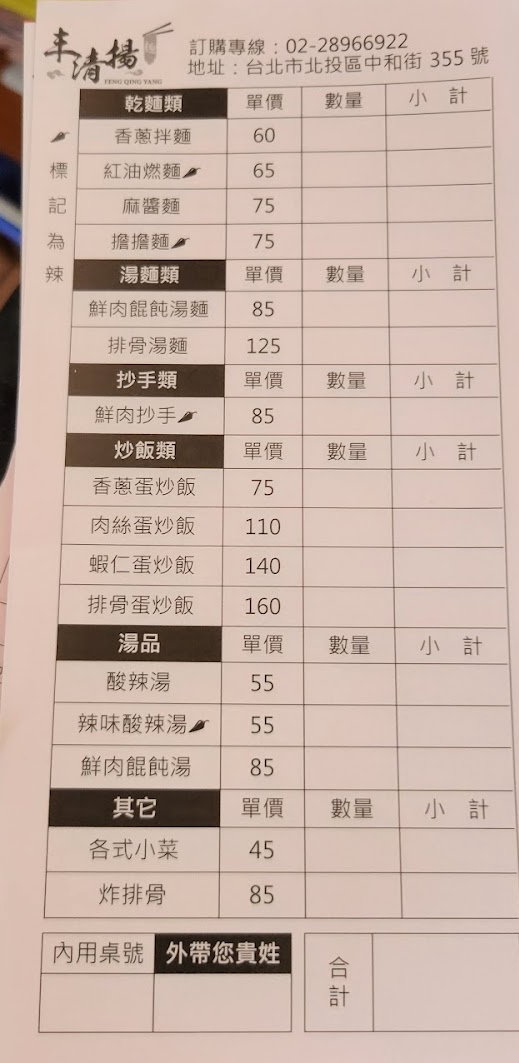
餐廳：丰清揚
地址：台北市北投區中和街355號
電話：02-28966922
菜單：
name: 香蔥拌麵
price: 60
name: 紅油燃麵
price: 65
name: 麻醬麵
price: 75
name: 擔擔麵
price: 75
name: 鮮肉餛飩湯麵
price: 85
name: 排骨湯麵
price: 125
name: 鮮肉抄手
price: 85
name: 香蔥蛋炒飯
price: 75
name: 肉絲蛋炒飯
price: 110
name: 蝦仁蛋炒飯
price: 140
name: 排骨蛋炒飯
price: 160
name: 酸辣湯
price: 55
name: 辣味酸辣湯
price: 55
name: 鮮肉餛飩湯
price: 85
name: 各式小菜
price: 45
name: 炸排骨
price: 85